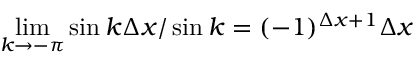
\operatorname* { l i m } _ { k \to - \pi } \sin { k \Delta x } / \sin { k } = ( - 1 ) ^ { \Delta x + 1 } \Delta x